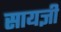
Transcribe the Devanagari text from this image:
सायज्ञी